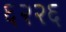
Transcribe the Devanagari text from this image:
६२२६